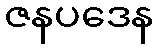
ဇနပဒေန